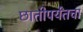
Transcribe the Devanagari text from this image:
छातीपर्यंतचा